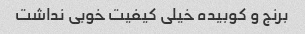
برنج و کوبیده خیلی کیفیت خوبی نداشت